Indian Medical Review
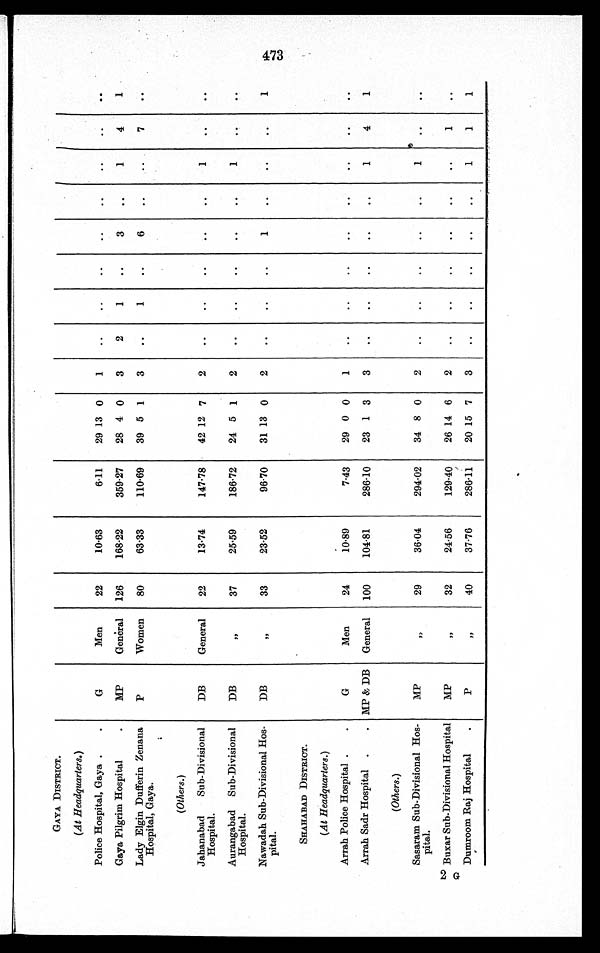
GAYA DISTRICT.
G
Men
22
10.63
6.11
29 13 0
1
..
..
..
..
..
..
..
(At Headquarters.)
Police Hospital, Gaya
Gaya Pilgrim Hospital
MP
General
126
168.22
359.27
28 4 0
3
2
1
..
3
..
1
4
1
Lady Elgin Dufferin Zenana
Hospital, Gaya.
P
Women
80
63.33
110.69
39 5 1
3
..
1
..
6
..
7
, ,
(Others.)
DB
General
22
13.74
147.78
42 12 7
2
..
..
..
, ,
, ,
1
..
..
Jahanabad
Sub-Divisional
Hospital.
Aurangabad
Sub-Divisional
Hospital.
DB
,,
37
25.59
186.72
24 5 1
2
..
..
..
..
..
1
Nawadah Sub-Divisional Hos-
pital.
DB
,,
33
23.52
96.70
31 13 0
2
..
..
..
1
SHAIIABAD DISTRICT.
G
Men
24
10.89
7.43
29 0 0
1
..
..
..
..
..
..
..
..
(At Headquarters.)
Arrah Police Hospital
Arrah Sadr Hospital
MP & DB
General
100
104-81
286.10
23 1 3
3
..
..
..
..
..
1
4
1
(Others.)
MP
,,
29
36.04
294.02
34 8 0
2
..
..
..
..
..
1
. .
..
Sasaram Sub-Divisional Hos-
pital.
Buxar Sub-Divisional Hospital
M
,,
24.56
129-40
26 14 6
2
..
..
..
..
..
..
1
..
Dumroom Raj Hospital
P
40
37-76
286-11
20 15 7
3
..
..
..
..
..
1
1
1